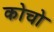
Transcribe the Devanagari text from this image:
कोचो